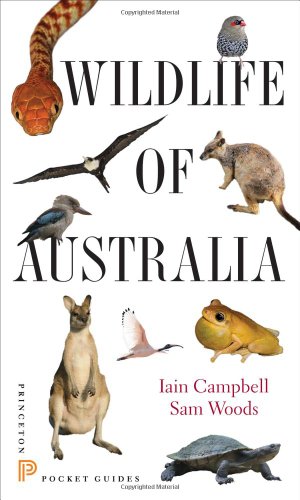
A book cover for Wildlife of Australia (Princeton Pocket Guides); Iain Campbell; Travel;